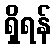
ရှိရန်